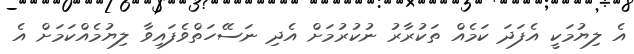
އެ ލިޔުމަކީ އެފަދަ ކަމެއް ތަކުރާރު ނުކުރުމަށް އެދި ނަސޭހަތްވެފައިވާ ލިޔުމެއްކަމަށް އެ